Vaccination in Bombay 1874-1876 - 1874-1876
Year: 1874
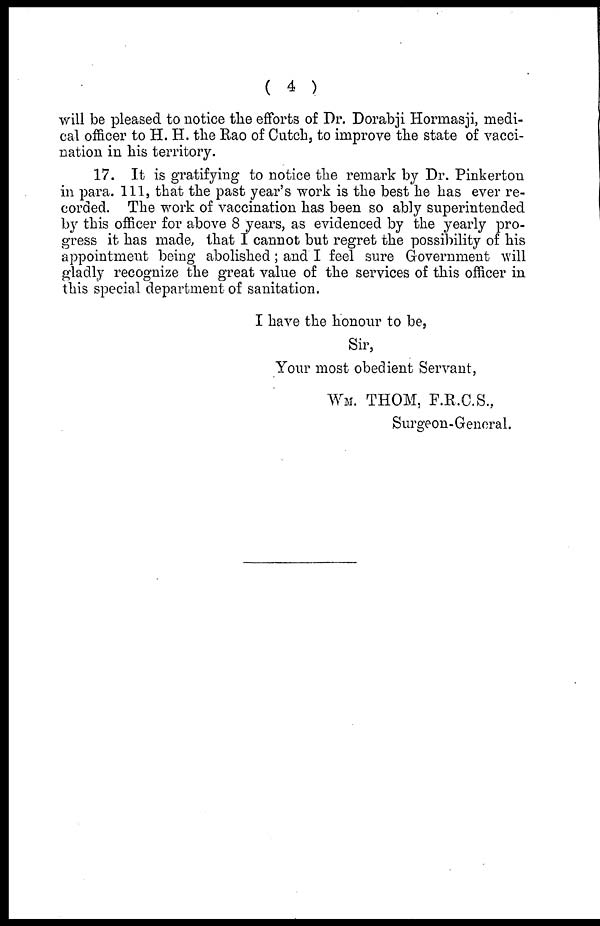
( 4 )
will be pleased to notice the efforts of Dr. Dorabji Hormasji, medi-
cal officer to H. H. the Rao of Cutch, to improve the state of vacci-
nation in his territory.
17. It is gratifying to notice the remark by Dr. Pinkerton
in para. 111, that the past year's work is the best he has ever re-
corded. The work of vaccination has been so ably superintended
by this officer for above 8 years, as evidenced by the yearly pro-
gress it has made, that I cannot but regret the possibility of his
appointment being abolished; and I feel sure Government will
gladly recognize the great value of the services of this officer in
this special department of sanitation.
I have the honour to be,
Sir,
Your most obedient Servant,
WM. THOM, F.R.C.S.,
Surgeon-General.